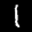
Label: 1